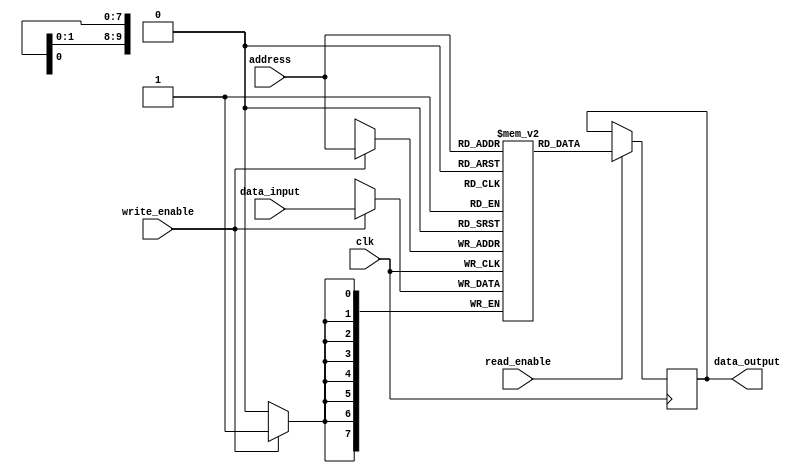
module RAM (
    input wire clk,
    input wire [ADDR_WIDTH-1:0] address,
    input wire [DATA_WIDTH-1:0] data_input,
    input wire write_enable,
    input wire read_enable,
    output reg [DATA_WIDTH-1:0] data_output
);

parameter ADDR_WIDTH = 10;
parameter DATA_WIDTH = 8;

reg [DATA_WIDTH-1:0] memory [0:(2**ADDR_WIDTH)-1];

always @(posedge clk) begin
    if (write_enable) begin
        memory[address] <= data_input;
    end
    if (read_enable) begin
        data_output <= memory[address];
    end
end

endmodule